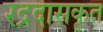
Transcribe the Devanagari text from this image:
रद्रदासकृत